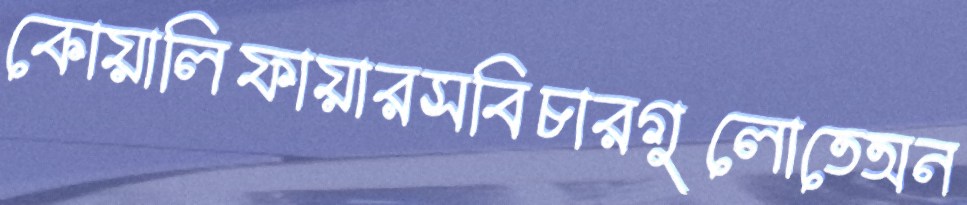
কোয়ালিফায়ারসবিচারগুলোতেঅন